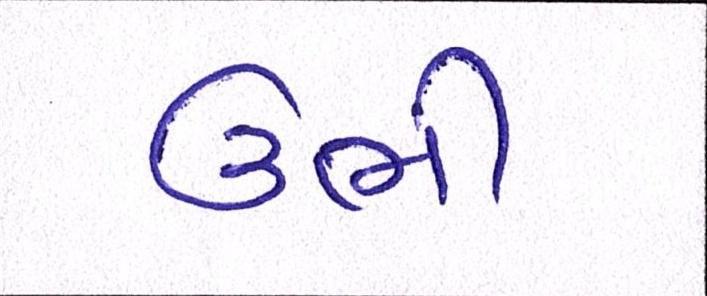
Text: ઉભી